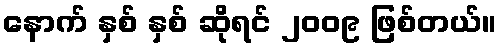
နောက် နှစ် နှစ် ဆိုရင် ၂၀၀၉ ဖြစ်တယ်။